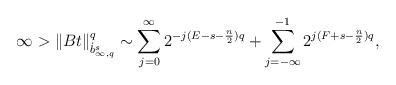
LaTeX: \begin{align*}\infty&>\|Bt\|_{\dot b^s_{\infty,q}}^q\sim\sum_{j=0}^{\infty}2^{-j(E-s-\frac{n}{2})q}+\sum_{j=-\infty}^{-1}2^{j(F+s-\frac{n}{2})q},\end{align*}